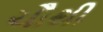
ચૌથી